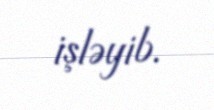
işləyib.